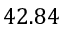
4 2 . 8 4